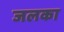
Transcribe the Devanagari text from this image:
जलका